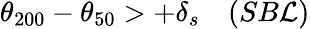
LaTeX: \theta_{200}-\theta_{50}>+\delta_{s}\quad(SB\mathcal{L})